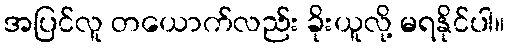
အပြင်လူ တယောက်လည်း ခိုးယူလို့ မရနိုင်ပါ။